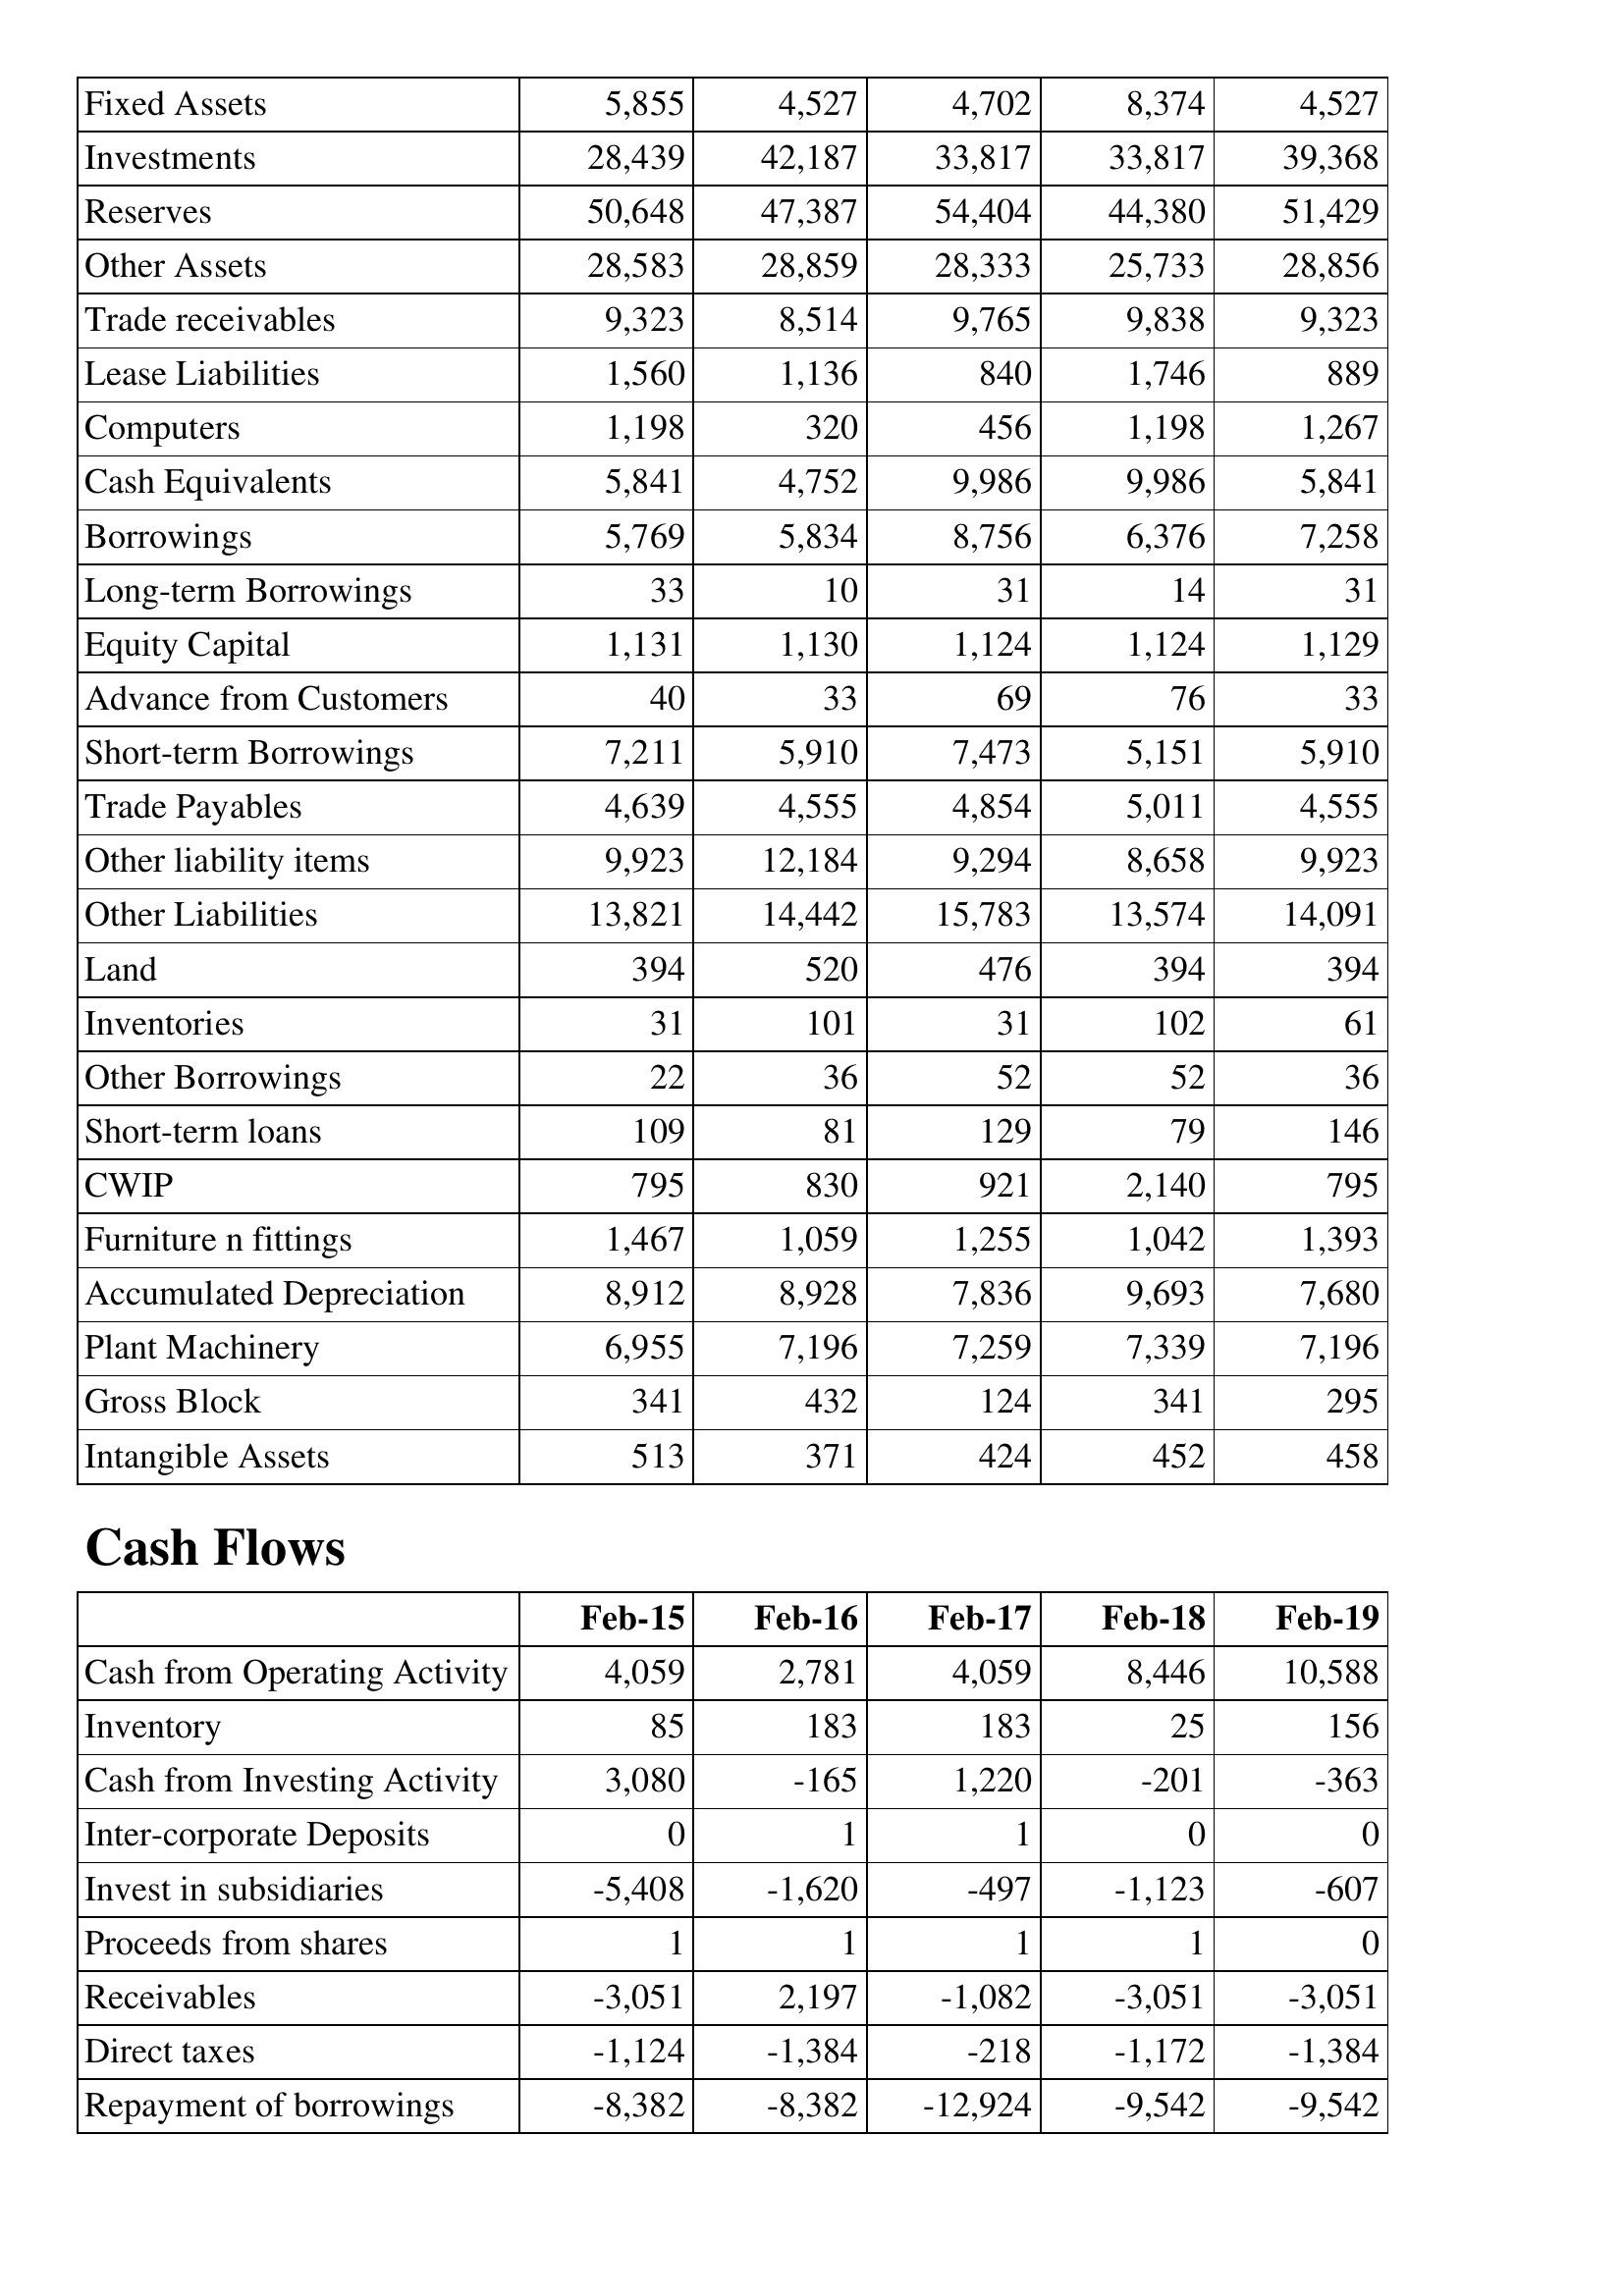
Feb-15: Balance Sheet: Fixed Assets: 5,855
Investments: 28,439
Reserves: 50,648
Other Assets: 28,583
Trade receivables: 9,323
Lease Liabilities: 1,560
Computers: 1,198
Cash Equivalents: 5,841
Borrowings: 5,769
Long-term Borrowings: 33
Equity Capital: 1,131
Advance from Customers: 40
Short-term Borrowings: 7,211
Trade Payables: 4,639
Other liability items: 9,923
Other Liabilities: 13,821
Land: 394
Inventories: 31
Other Borrowings: 22
Short-term loans: 109
CWIP: 795
Furniture n fittings: 1,467
Accumulated Depreciation: 8,912
Plant Machinery: 6,955
Gross Block: 341
Intangible Assets: 513
Cash Flows: Cash from Operating Activity: 4,059
Inventory: 85
Cash from Investing Activity: 3,080
Inter-corporate Deposits: 0
Invest in subsidiaries: -5,408
Proceeds from shares: 1
Receivables: -3,051
Direct taxes: -1,124
Repayment of borrowings: -8,382
Feb-16: Balance Sheet: Fixed Assets: 4,527
Investments: 42,187
Reserves: 47,387
Other Assets: 28,859
Trade receivables: 8,514
Lease Liabilities: 1,136
Computers: 320
Cash Equivalents: 4,752
Borrowings: 5,834
Long-term Borrowings: 10
Equity Capital: 1,130
Advance from Customers: 33
Short-term Borrowings: 5,910
Trade Payables: 4,555
Other liability items: 12,184
Other Liabilities: 14,442
Land: 520
Inventories: 101
Other Borrowings: 36
Short-term loans: 81
CWIP: 830
Furniture n fittings: 1,059
Accumulated Depreciation: 8,928
Plant Machinery: 7,196
Gross Block: 432
Intangible Assets: 371
Cash Flows: Cash from Operating Activity: 2,781
Inventory: 183
Cash from Investing Activity: -165
Inter-corporate Deposits: 1
Invest in subsidiaries: -1,620
Proceeds from shares: 1
Receivables: 2,197
Direct taxes: -1,384
Repayment of borrowings: -8,382
Feb-17: Balance Sheet: Fixed Assets: 4,702
Investments: 33,817
Reserves: 54,404
Other Assets: 28,333
Trade receivables: 9,765
Lease Liabilities: 840
Computers: 456
Cash Equivalents: 9,986
Borrowings: 8,756
Long-term Borrowings: 31
Equity Capital: 1,124
Advance from Customers: 69
Short-term Borrowings: 7,473
Trade Payables: 4,854
Other liability items: 9,294
Other Liabilities: 15,783
Land: 476
Inventories: 31
Other Borrowings: 52
Short-term loans: 129
CWIP: 921
Furniture n fittings: 1,255
Accumulated Depreciation: 7,836
Plant Machinery: 7,259
Gross Block: 124
Intangible Assets: 424
Cash Flows: Cash from Operating Activity: 4,059
Inventory: 183
Cash from Investing Activity: 1,220
Inter-corporate Deposits: 1
Invest in subsidiaries: -497
Proceeds from shares: 1
Receivables: -1,082
Direct taxes: -218
Repayment of borrowings: -12,924
Feb-18: Balance Sheet: Fixed Assets: 8,374
Investments: 33,817
Reserves: 44,380
Other Assets: 25,733
Trade receivables: 9,838
Lease Liabilities: 1,746
Computers: 1,198
Cash Equivalents: 9,986
Borrowings: 6,376
Long-term Borrowings: 14
Equity Capital: 1,124
Advance from Customers: 76
Short-term Borrowings: 5,151
Trade Payables: 5,011
Other liability items: 8,658
Other Liabilities: 13,574
Land: 394
Inventories: 102
Other Borrowings: 52
Short-term loans: 79
CWIP: 2,140
Furniture n fittings: 1,042
Accumulated Depreciation: 9,693
Plant Machinery: 7,339
Gross Block: 341
Intangible Assets: 452
Cash Flows: Cash from Operating Activity: 8,446
Inventory: 25
Cash from Investing Activity: -201
Inter-corporate Deposits: 0
Invest in subsidiaries: -1,123
Proceeds from shares: 1
Receivables: -3,051
Direct taxes: -1,172
Repayment of borrowings: -9,542
Feb-19: Balance Sheet: Fixed Assets: 4,527
Investments: 39,368
Reserves: 51,429
Other Assets: 28,856
Trade receivables: 9,323
Lease Liabilities: 889
Computers: 1,267
Cash Equivalents: 5,841
Borrowings: 7,258
Long-term Borrowings: 31
Equity Capital: 1,129
Advance from Customers: 33
Short-term Borrowings: 5,910
Trade Payables: 4,555
Other liability items: 9,923
Other Liabilities: 14,091
Land: 394
Inventories: 61
Other Borrowings: 36
Short-term loans: 146
CWIP: 795
Furniture n fittings: 1,393
Accumulated Depreciation: 7,680
Plant Machinery: 7,196
Gross Block: 295
Intangible Assets: 458
Cash Flows: Cash from Operating Activity: 10,588
Inventory: 156
Cash from Investing Activity: -363
Inter-corporate Deposits: 0
Invest in subsidiaries: -607
Proceeds from shares: 0
Receivables: -3,051
Direct taxes: -1,384
Repayment of borrowings: -9,542